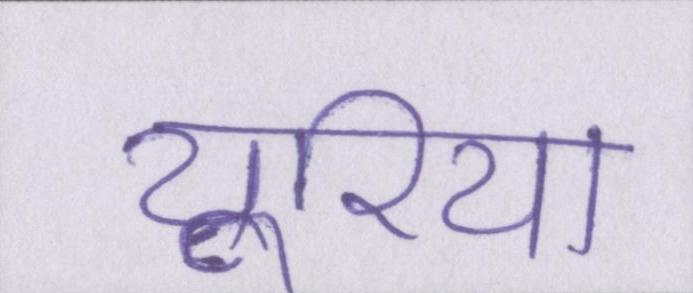
यूरिया